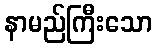
နာမည်ကြီးသော